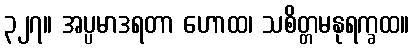
၃၂၇။ အပ္ပမာဒရတာ ဟောထ၊ သစိတ္တမနုရက္ခထ။